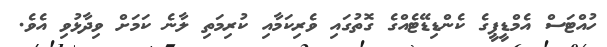
ހުއްޓަސް އެމްޑީޕީގެ ކެންޑިޑޭޓެއްގެ ގޮތުގައި ވެރިކަމާއި ކުރިމަތި ލާނެ ކަމަށް ވިދާޅުވި އެވެ.